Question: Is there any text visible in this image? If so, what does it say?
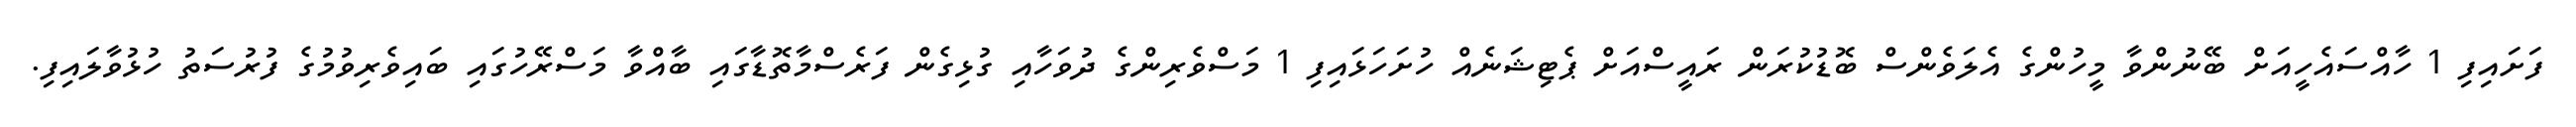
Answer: ފަށައިފި 1 ހާއްސައެހީއަށް ބޭނުންވާ މީހުންގެ އެލަވެންސް ބޮޑުކުރަން ރައީސްއަށް ޕެޓިޝަނެއް ހުށަހަޅައިފި 1 މަސްވެރިންގެ ދުވަހާއި ގުޅިގެން ފަރެސްމާތޮޑާގައި ބާއްވާ މަސްރޭހުގައި ބައިވެރިވުމުގެ ފުރުސަތު ހުޅުވާލައިފި.